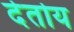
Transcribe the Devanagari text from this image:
देतोय